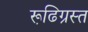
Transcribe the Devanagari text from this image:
रूढि़ग्रस्त